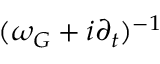
( \omega _ { G } + i \partial _ { t } ) ^ { - 1 }